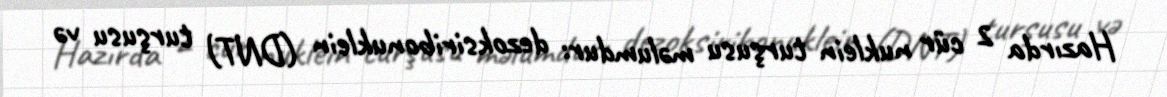
Hazırda 2 cür nuklein turşusu məlumdur: dezoksiribonuklein (DNT) turşusu və